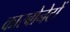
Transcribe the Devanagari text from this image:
कारबोनेटों